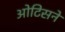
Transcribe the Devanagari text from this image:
ओटिसने